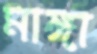
মাঙ্গা